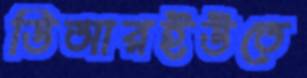
ডিআরইউতে